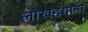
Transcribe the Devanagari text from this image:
लोखंडयाना